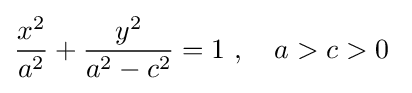
{\frac {x^{2}}{a^{2}}}+{\frac {y^{2}}{a^{2}-c^{2}}}=1\ ,\quad a>c>0\